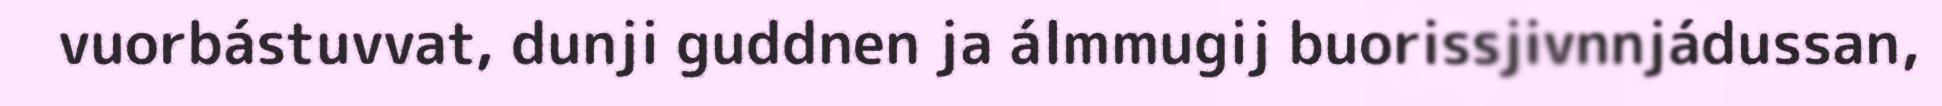
vuorbástuvvat, dunji guddnen ja álmmugij buorissjivnnjádussan,